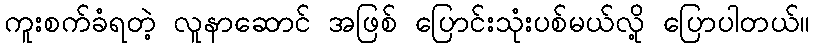
ကူးစက်ခံရတဲ့ လူနာဆောင် အဖြစ် ပြောင်းသုံးပစ်မယ်လို့ ပြောပါတယ်။